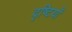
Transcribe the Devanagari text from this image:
दृष्‍टियाँ